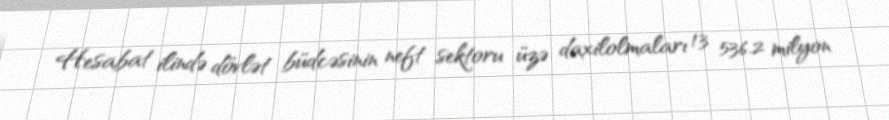
Hesabat ilində dövlət büdcəsinin neft sektoru üzə daxilolmaları 13 536.2 milyon